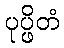
ပုပ္ဖိတံ